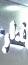
قطر